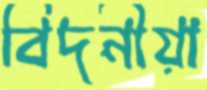
বিদনীয়া